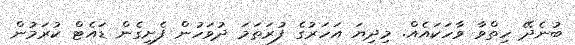
ބުނެދޭ ހިތްވާ ވާހަކައެއް. މިދިޔަ އަހަރުގެ ފުރަތަމަ ދުވަހުން ފެށިގެން ޑައެޓް ކުރަމުން